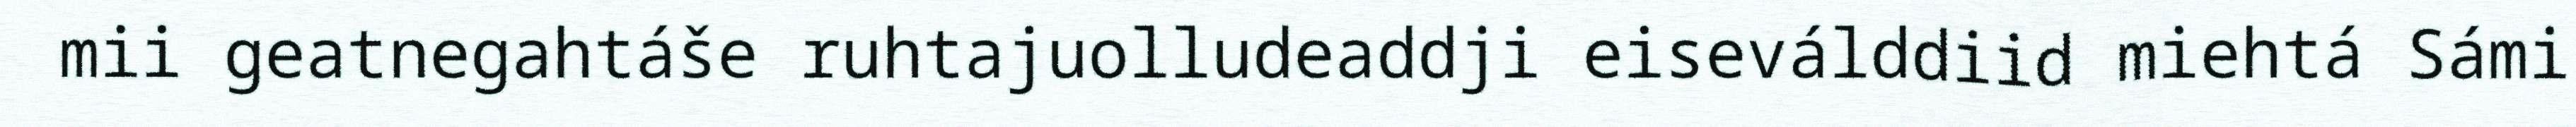
mii geatnegahtáše ruhtajuolludeaddji eiseválddiid miehtá Sámi